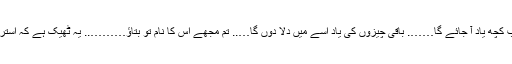
’’تمہیں دیکھتے ہی اُسے سب کچھ یاد آ جائے گا……. باقی چیزوں کی یاد اسے میں دلا دوں گا….. تم مجھے اُس کا نام تو بتاؤ……….. یہ ٹھیک ہے کہ استری اپنے پتی کا نام نہیں لیتی۔